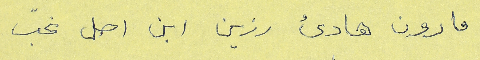
مارون هادئ رزين ابن اصل نحبّ